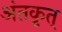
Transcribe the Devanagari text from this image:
अंतकृत्